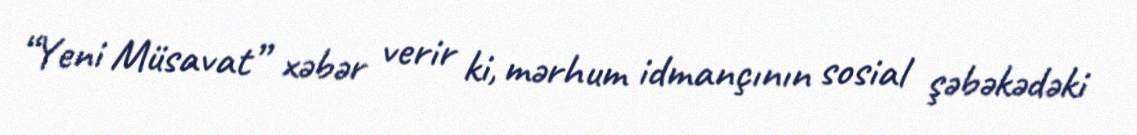
“Yeni Müsavat” xəbər verir ki, mərhum idmançının sosial şəbəkədəki